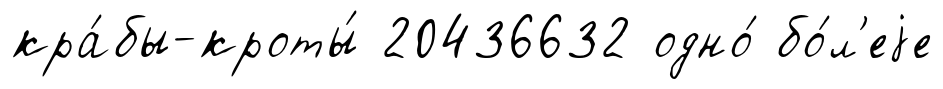
кра́бы-кроты́ 20436632 одно́ бо́л'еjе